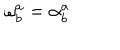
\mathbf { \omega } _ { b } ^ { a } = \mathbf { \alpha } _ { b } ^ { a }